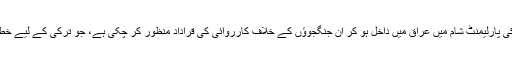
ترکی کی پارلیمنٹ شام میں عراق میں داخل ہو کر ان جنگجوؤں کے خلاف کارروائی کی قراداد منظور کر چکی ہے، جو ترکی کے لیے خطرہ ہیں۔